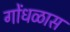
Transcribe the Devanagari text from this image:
गोंधळास